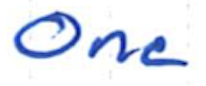
Text: One
Cross-out: clean
Writing tool: ballpoint